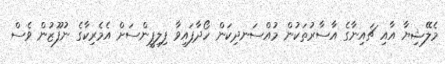
މެލޭޝިޔާ އާއި ޗައިނާގެ އާސާރުތަކުން މުއްސަނދިކަން ހޯދާފައިވާ ފިލިޕީންސަށް އެމެރިކާގެ ނުފޫޒުން ވެސް